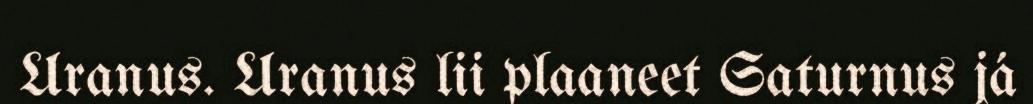
Uranus. Uranus lii plaaneet Saturnus já